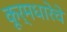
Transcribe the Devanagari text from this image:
कूर्मधारेचे